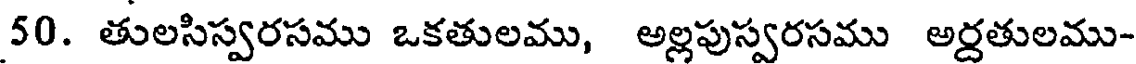
50. తులసిస్వరసము ఒకతులము, అల్లపుస్వరసము అర్దతులము-